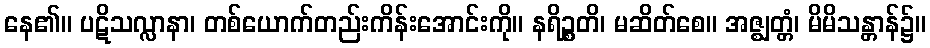
နေ၏။ ပဋိသလ္လာနာ၊ တစ်ယောက်တည်းကိန်းအောင်းကို။ နရိဉ္စတိ၊ မဆိတ်စေ။ အဇ္ဈတ္တံ၊ မိမိသန္တာန်၌။